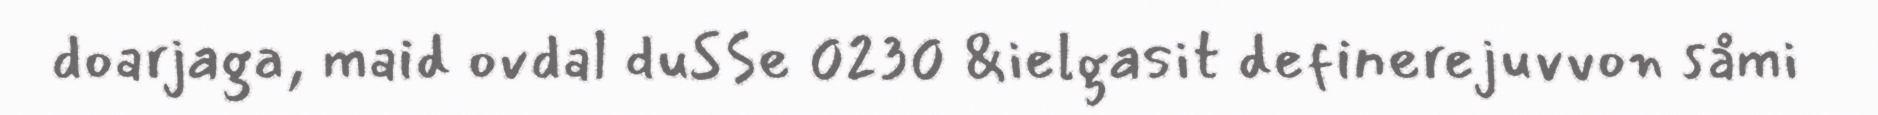
doarjaga, maid ovdal duSSe 0230 &ielgasit definerejuvvon såmi